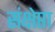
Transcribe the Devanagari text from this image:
संक्षेप्ता